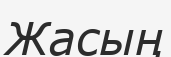
Жасың